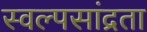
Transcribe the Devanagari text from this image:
स्वल्पसांद्रता